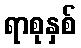
ရာစုနှစ်